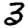
Digit: 3